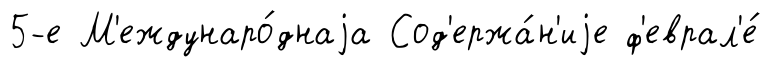
5-е М'еждунаро́днаjа Сод'ержа́н'иjе ф'еврал'е́